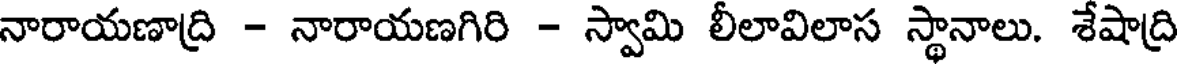
నారాయణాద్రి - నారాయణగిరి - స్వామి లీలావిలాస స్థానాలు. శేషాద్రి